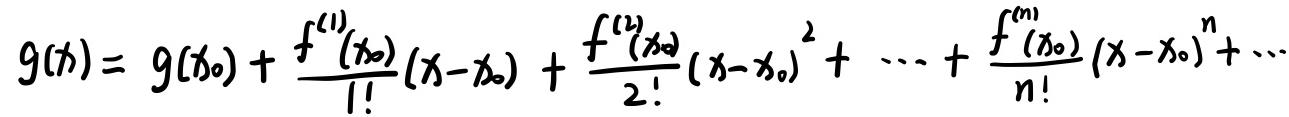
\[ g(x)=g(x_0)+\frac{f^{(1)}(x_0)}{1!}(x - x_0)+\frac{f^{(2)}(x_0)}{2!}(x - x_0)^2+\cdots+\frac{f^{(n)}(x_0)}{n!}(x - x_0)^n+\cdots \]